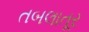
તબલાતૂર